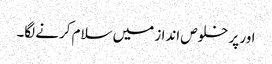
اور پر خلوص انداز میں سلام کرنے لگا۔